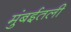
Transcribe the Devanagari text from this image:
मुंबईतली